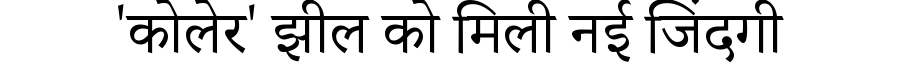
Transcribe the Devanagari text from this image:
'कोलेर' झील को मिली नई जिंदगी